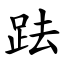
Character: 䟩